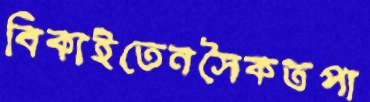
বিকাইতেনসৈকতপা